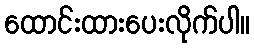
ထောင်းထားပေးလိုက်ပါ။